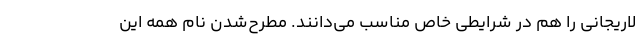
لاریجانی را هم در شرایطی خاص مناسب می‌دانند. مطرح‌شدن نام همه این